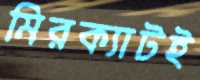
মিরক্যাটই